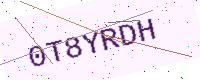
Text: 0T8YRDH